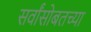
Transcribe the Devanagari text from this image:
सर्वांसोबतच्या